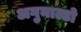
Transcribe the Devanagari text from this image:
अगुनाल्डो